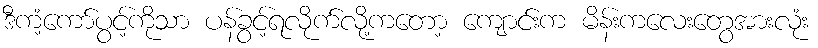
ဒီကံ့ကော်ပွင့်ကိုသာ ပန်ခွင့်ရလိုက်လို့ကတော့ ကျောင်းက မိန်းကလေးတွေအားလုံး